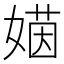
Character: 𡟻